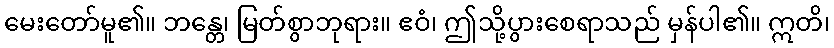
မေးတော်မူ၏။ ဘန္တေ၊ မြတ်စွာဘုရား။ ဧဝံ၊ ဤသို့ပွားစေရာသည် မှန်ပါ၏။ ဣတိ၊